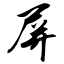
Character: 屏